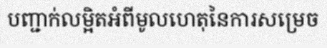
បញ្ជាក់លម្អិតអំពីមូលហេតុនៃការសម្រេច